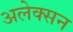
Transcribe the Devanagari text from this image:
अलेक्सन